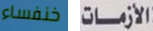
خنفساء الأزمات